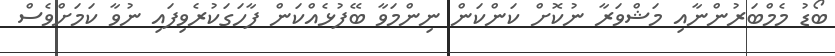
ބޯޑު މެމްބަރުންނާއި މަޝްވަރާ ނުކޮށް ކަންކަން ނިންމަވާ ބޭފުޅެއްކަން ފާހަގަކުރެވިފައި ނުވާ ކަަމަށްވެސް